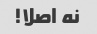
نه اصلا!